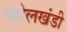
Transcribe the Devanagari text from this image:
बघेलखंडी